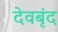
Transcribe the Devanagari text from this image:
देवबृंद